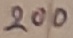
Text: 200